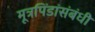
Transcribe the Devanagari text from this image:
मूत्रपिंडांसंबंधी